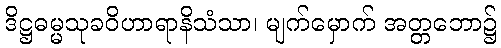
ဒိဋ္ဌဓမ္မသုခဝိဟာရာနိသံသာ၊ မျက်မှောက် အတ္တဘော၌